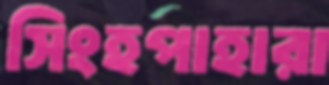
সিংহপাহারা